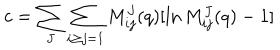
c = \sum _ { J } \sum _ { i \geq j = 1 } M _ { i j } ^ { J } ( q ) [ \ln M _ { i j } ^ { J } ( q ) - 1 ]